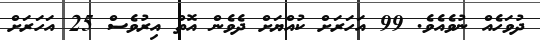
ދުވަހެއް ނުވެއެވެ. 99 އަހަރަށް ކުއްޔަށް ދެވެން އޮތް އިރުވެސް 25 އަހަރަށް